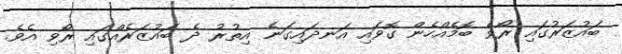
ބައުޒަރުގައި ރޯވެ ބޮމެއްހެން ގޮވައި އަނދައިގަނެ އިތުރު ދެ ބައުޒަރެއްގަައި ރޯވި އެވެ.